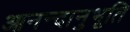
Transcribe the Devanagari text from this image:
आनन्‍दानुभूति